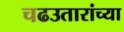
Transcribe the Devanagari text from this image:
चढउतारांच्या